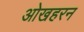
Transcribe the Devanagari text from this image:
ओखहरन